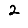
Digit: 2